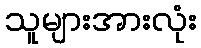
သူများအားလုံး